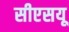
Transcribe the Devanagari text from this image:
सीएसयू